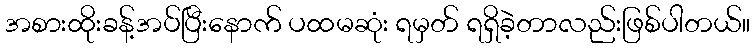
အစားထိုးခန့်အပ်ပြီးနောက် ပထမဆုံး ရမှတ် ရရှိခဲ့တာလည်းဖြစ်ပါတယ်။